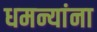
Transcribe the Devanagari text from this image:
धमन्यांना